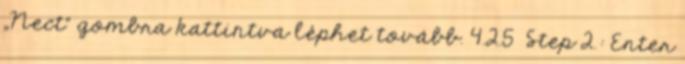
„Nect” gombra kattintva léphet tovább. 4.2.5 Step 2.: Enter